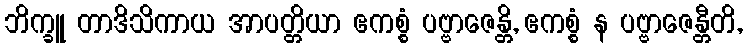
ဘိက္ခူ တာဒိသိကာယ အာပတ္တိယာ ဧကစ္စံ ပဗ္ဗာဇေန္တိ, ဧကစ္စံ န ပဗ္ဗာဇေန္တီတိ,